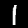
Digit: 1